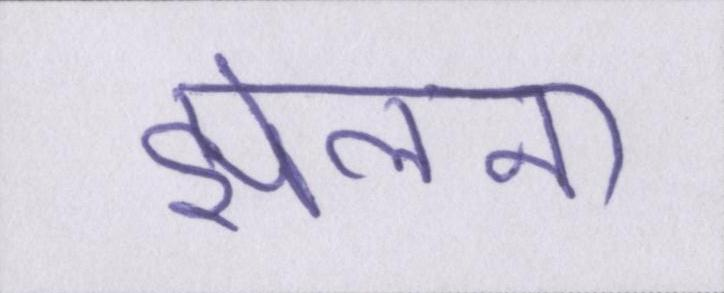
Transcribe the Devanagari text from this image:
झेलना